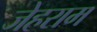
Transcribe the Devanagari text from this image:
जेहराम